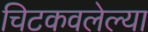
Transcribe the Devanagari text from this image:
चिटकवलेल्या